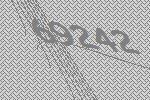
69242